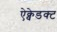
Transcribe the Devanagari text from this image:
ऐक्वेडक्ट